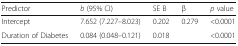
| Predictor | b (95% CI) | SE B | β | p value |
 | --- | --- | --- | --- | --- |
 | Intercept | 7.652 (7.227–8.023) | 0.202 | <ROWSPAN=2> 0.279 | <0.0001 |
 | Duration of Diabetes | 0.084 (0.048–0.121) | 0.018 | <0.0001 |